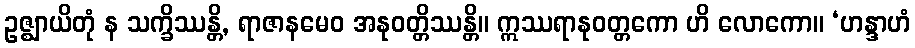
ဥဇ္ဈာယိတုံ န သက္ခိဿန္တိ, ရာဇာနမေဝ အနုဝတ္တိဿန္တိ။ ဣဿရာနုဝတ္တကော ဟိ လောကော။ ‘ဟန္ဒာဟံ